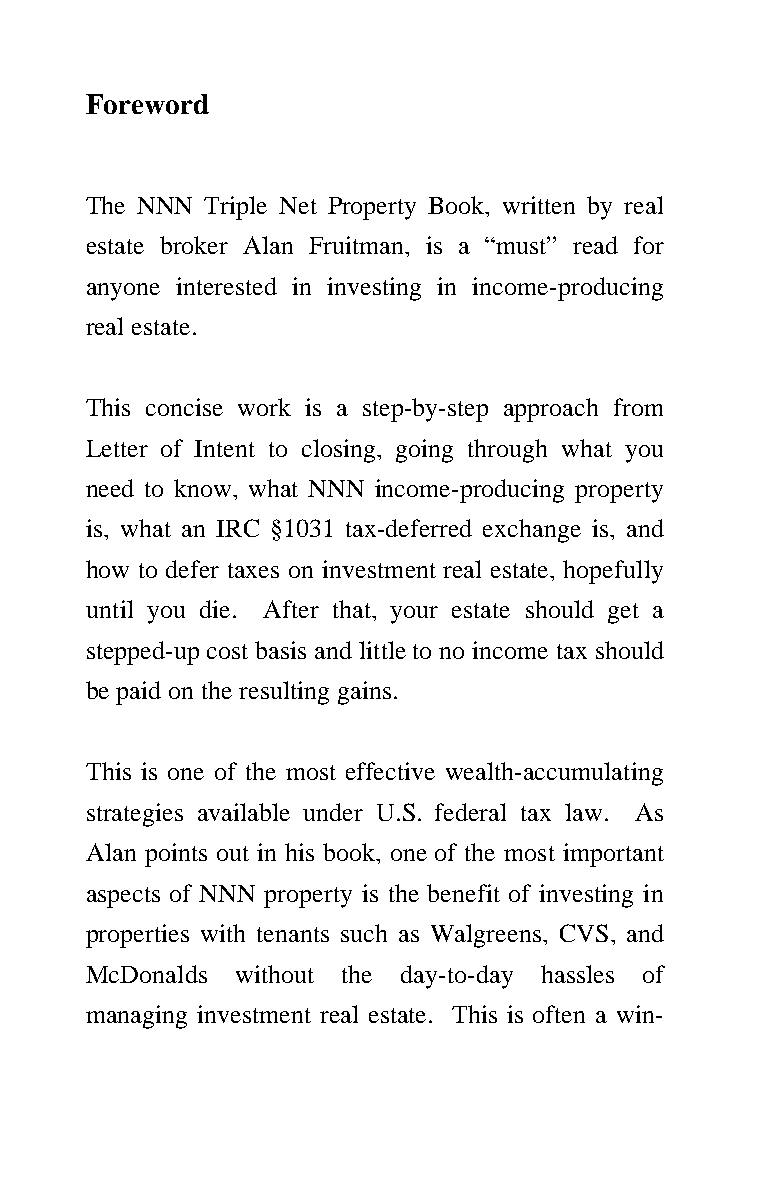
Foreword
 The NNN Triple Net Property Book, written by real
 estate broker Alan Fruitman, is a “must” read for
 anyone interested in investing in income-producing
 real estate.
 This concise work is a step-by-step approach from
 Letter of Intent to closing, going through what you
 need to know, what NNN income-producing property
 is, what an IRC §1031 tax-deferred exchange is, and
 how to defer taxes on investment real estate, hopefully
 until you die. After that, your estate should get a
 stepped-up cost basis and little to no income tax should
 be paid on the resulting gains.
 This is one of the most effective wealth-accumulating
 strategies available under U.S. federal tax law. As
 Alan points out in his book, one of the most important
 aspects of NNN property is the benefit of investing in
 properties with tenants such as Walgreens, CVS, and
 McDonalds without the day-to-day hassles of
 managing investment real estate. This is often a win-